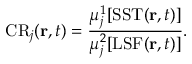
\mathrm { C R } _ { j } ( \mathbf { r } , t ) = \frac { \mu _ { j } ^ { 1 } [ \mathrm { S S T } ( \mathbf { r } , t ) ] } { \mu _ { j } ^ { 2 } [ \mathrm { L S F } ( \mathbf { r } , t ) ] } .